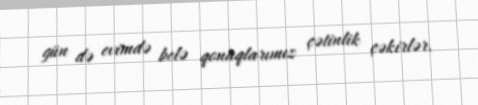
gün də evimdə belə qonaqlarımız çətinlik çəkirlər.